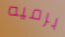
برميه